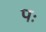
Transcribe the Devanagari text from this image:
पः